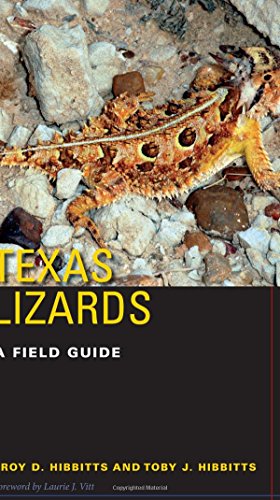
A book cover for Texas Lizards: A Field Guide (Texas Natural History Guides(TM)); Troy D. Hibbitts; Science & Math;